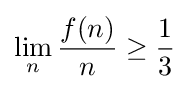
\lim _{n}{\frac {f(n)}{n}}\geq {\frac {1}{3}}